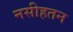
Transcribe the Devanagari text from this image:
नसीहतन